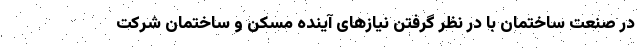
در صنعت ساختمان با در نظر گرفتن نیازهای آینده مسکن و ساختمان شرکت